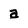
Character: a